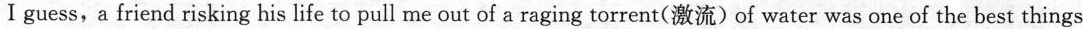
I guess, a friend risking his life to pull me out of a raging torrent (激流) of water was one of the best things